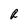
Character: R